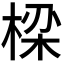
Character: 𬃒